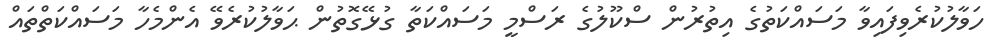
ހަވާލުކުރެވިފައިވާ މަސައްކަތުގެ އިތުރުން ސްކޫލުގެ ރަސްމީ މަސައްކަތާ ގުޅޭގޮތުން ޙަވާލުކުރެވޭ އެންމެހާ މަސައްކަތްތައް